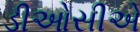
ડીઓસીએ